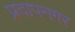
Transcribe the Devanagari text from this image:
प्रदापनगर